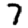
Digit: 7